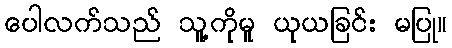
ပေါလက်သည် သူ့ကိုမူ ယုယခြင်း မပြု။